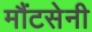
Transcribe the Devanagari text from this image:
मौंटसेनी